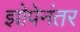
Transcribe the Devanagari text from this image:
झोपेनंतर